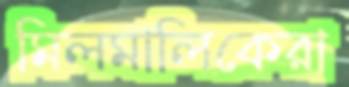
মিলমালিকেরা